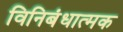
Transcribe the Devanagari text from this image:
विनिबंधात्मक